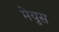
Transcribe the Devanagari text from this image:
मेयुस